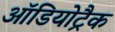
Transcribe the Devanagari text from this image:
ऑडियोट्रैक